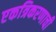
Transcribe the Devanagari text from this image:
एकत्रिकरणाची